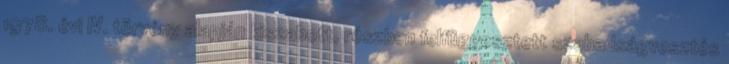
1978. évi IV. törvény alapján kiszabott, részben felfüggesztett szabadságvesztés